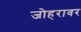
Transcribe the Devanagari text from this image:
जोहरावर